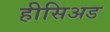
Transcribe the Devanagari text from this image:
हीसिअड